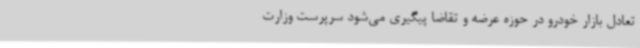
تعادل بازار خودرو در حوزه عرضه و تقاضا پیگیری می‌شود سرپرست وزارت